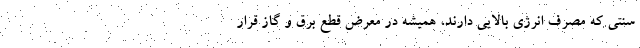
سنتی که مصرف انرژی بالایی دارند، همیشه در معرض قطع برق و گاز قرار